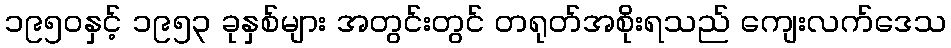
၁၉၅၀နှင့် ၁၉၅၃ ခုနှစ်များ အတွင်းတွင် တရုတ်အစိုးရသည် ကျေးလက်ဒေသ